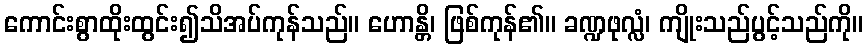
ကောင်းစွာထိုးထွင်း၍သိအပ်ကုန်သည်။ ဟောန္တိ၊ ဖြစ်ကုန်၏။ ခဏ္ဍဖုလ္လံ၊ ကျိုးသည်ပွင့်သည်ကို။